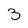
Character: 3